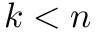
k < n